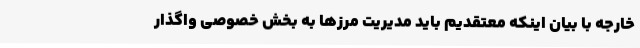
خارجه با بیان اینکه معتقدیم باید مدیریت مرزها به بخش خصوصی واگذار